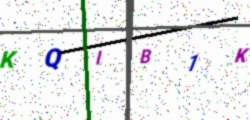
Text: KQIB1K